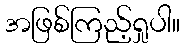
အဖြစ်ကြည့်ရှုပါ။